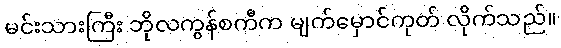
မင်းသားကြီး ဘိုလကွန်စကီက မျက်မှောင်ကုတ် လိုက်သည်။